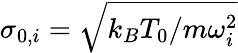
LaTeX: \sigma_{0,i}=\sqrt{{k_{B}T_{0}/m\omega_{i}^{2}}}